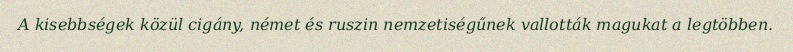
A kisebbségek közül cigány, német és ruszin nemzetiségűnek vallották magukat a legtöbben.